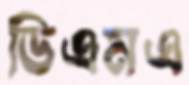
ডিএমএ